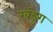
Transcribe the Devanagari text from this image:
खंडुग